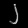
Digit: ၂